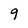
Character: 9